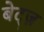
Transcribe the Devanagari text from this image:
बेट्ज़